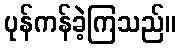
ပုန်ကန်ခဲ့ကြသည်။